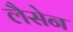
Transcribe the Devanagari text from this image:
लैसेन